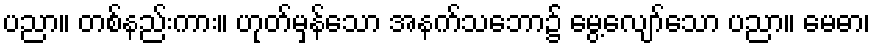
ပညာ။ တစ်နည်းကား။ ဟုတ်မှန်သော အနက်သဘော၌ မွေ့လျော်သော ပညာ။ မေဓာ၊